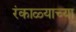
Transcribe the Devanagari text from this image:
रंकाळ्याच्या